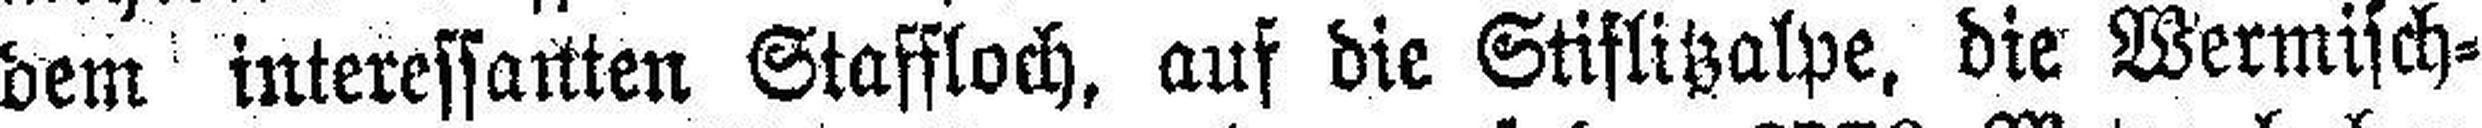
dem interessanten Staffloch, auf die Stiflitzalpe, die Wermisch¬